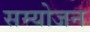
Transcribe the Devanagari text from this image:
सम्योजन